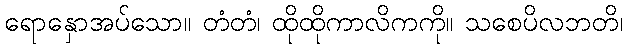
ရောနှောအပ်သော။ တံတံ၊ ထိုထိုကာလိကကို။ သစေပိလဘတိ၊